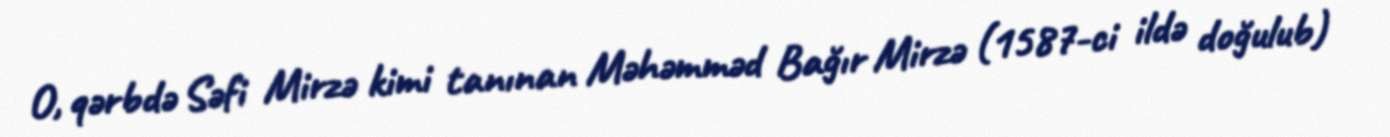
O, qərbdə Səfi Mirzə kimi tanınan Məhəmməd Bağır Mirzə (1587-ci ildə doğulub)